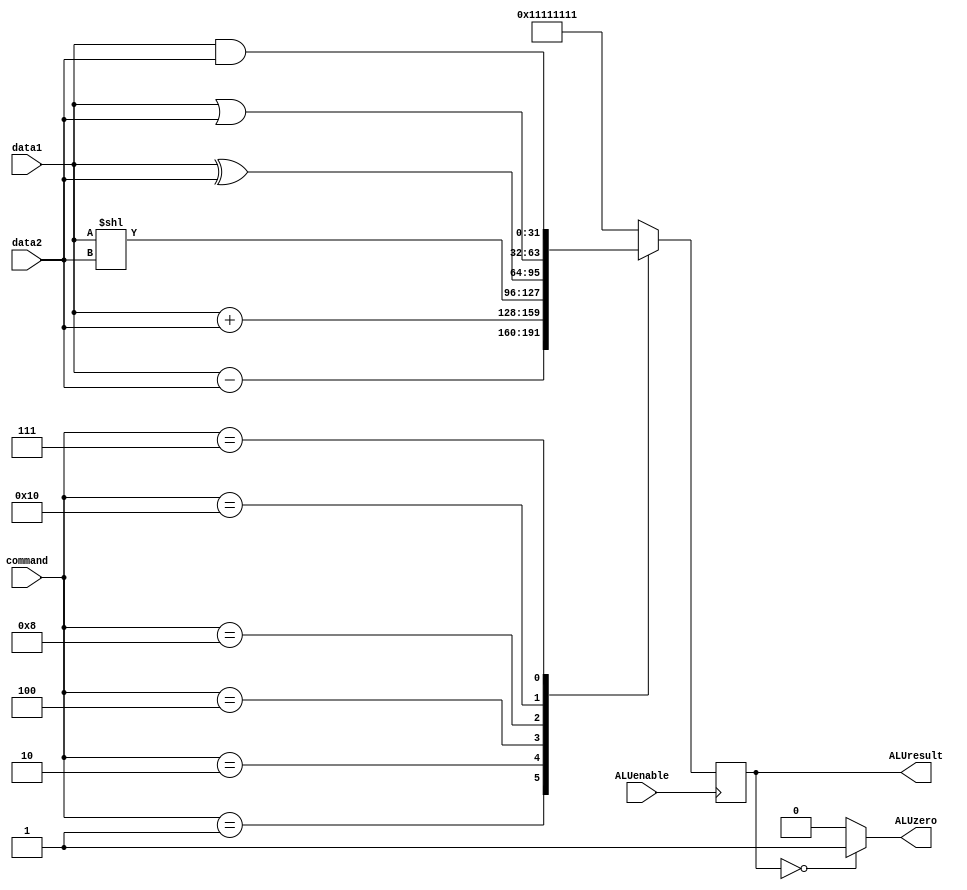
module ALU(input ALUenable,input[4:0] command, input[31:0] data1, input[31:0] data2, output[31:0] ALUresult, output ALUzero);
    // BEQ and SUB needs SUB, ADD needs ADD, shift left needs SL, and XOR, OR  command={OR,XOR,SL,ADD,SUB} which is from the control unit
    parameter SUB=5'b00001;
    parameter ADD=5'b00010;
    parameter  SL=5'b00100;
    parameter XOR=5'b01000;
    parameter  OR=5'b10000;
	 //Milestone 2, AND instruction op // 00111
	 parameter AND=5'b00111;
    reg[31:0] ALUresult_r;
    assign ALUresult=ALUresult_r;
    assign ALUzero=(ALUresult==32'h00000000)?1'b1:1'b0;
    always @(posedge ALUenable)
       begin
          case(command)
            SUB:
               begin
                  ALUresult_r<=data1-data2;
               end
            ADD:
               begin
                  ALUresult_r<=data1+data2;
               end
             SL:
               begin
                  ALUresult_r<=data1<<data2;
               end 
             XOR:
               begin
                  ALUresult_r<=data1^data2;
               end  
             OR:
               begin
                  ALUresult_r<=data1|data2;
					end
				//Milestone 2, AND operations
				AND:				
					begin 
						ALUresult_r<=data1&data2;
               end
					
             default:ALUresult_r<=32'h11111111;
           endcase         
       end
endmodule
//Mar. 2, 2019, Y. Zhao, EECS2021, YorkU